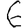
Digit: 6